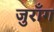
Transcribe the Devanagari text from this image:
जुराँग